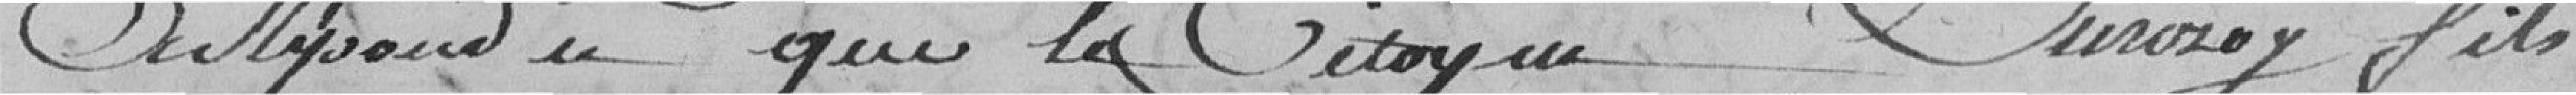
Il répond que le Citoyen Duroy fils